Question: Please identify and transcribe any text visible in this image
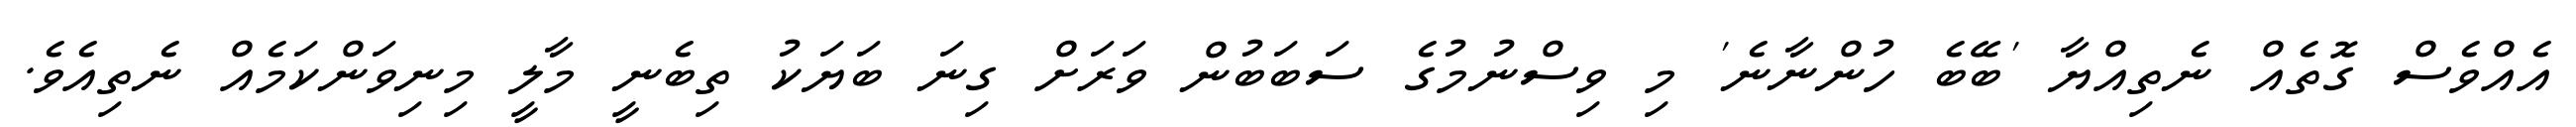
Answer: އެއްވެސް ގޮތެއް ނެތިއްޔާ 'ބޭބެ ހުންނާނެ' މި ވިސްނުމުގެ ސަބަބުން ވަރަށް ގިނަ ބަޔަކު ތިބެނީ މާލީ މިނިވަންކަމެއް ނެތިއެވެ.